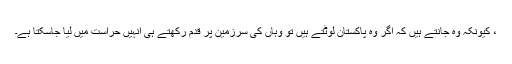
، کیونکہ وہ جانتے ہیں کہ اگر وہ پاکستان لوٹتے ہیں تو وہاں کی سرزمین پر قدم رکھتے ہی انہیں حراست میں لیا جاسکتا ہے۔